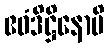
ဧဝံဒိဋ္ဌိနောပိ